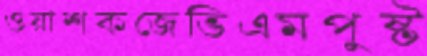
ওয়াশকজেভিএমপুষ্ট